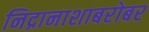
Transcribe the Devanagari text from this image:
निद्रानाशाबरोबर